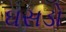
ઘસડો